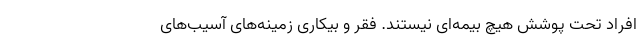
افراد تحت پوشش هیچ بیمه‌ای نیستند. فقر و بیکاری زمینه‌های آسیب‌های